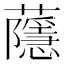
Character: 蘟